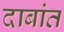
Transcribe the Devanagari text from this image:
दाबांत